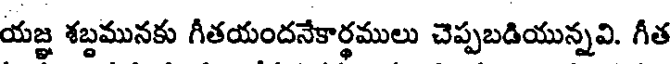
యజ్ఞ శబ్దమునకు గీతయందనేకార్థములు చెప్పబడియున్నవి. గీత